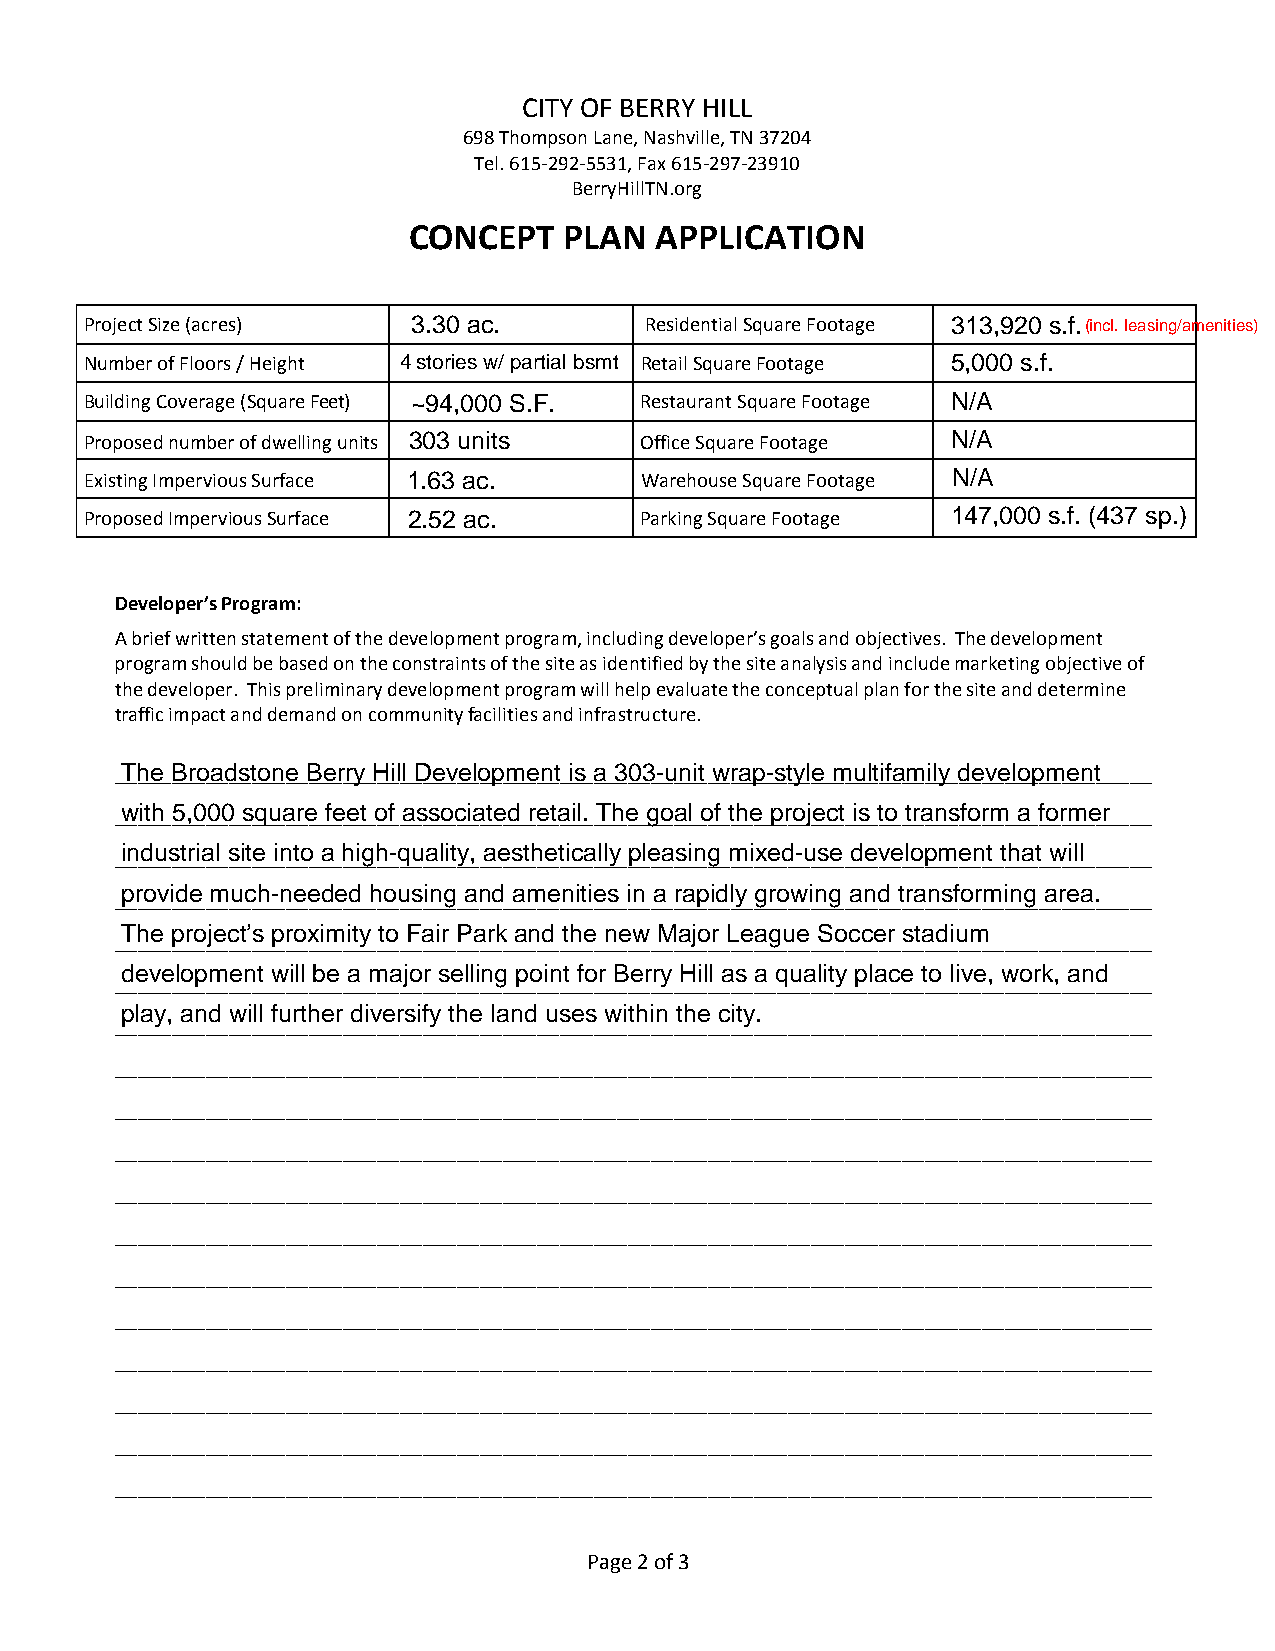
CITY OF BERRY HILL
 698 Thompson Lane, Nashville, TN 37204
 Tel. 615-292-5531, Fax 615-297-23910
 BerryHillTN.org
 CONCEPT   PLAN  APPLICATION
 Project Size (acres) 3.30 ac.        Residential Square Footage 313,920 s.f.(incl. leasing/amenities)
 Number of Floors / Height 4 stories w/ partial bsmt Retail Square Footage 5,000 s.f.
 Building Coverage (Square Feet) ~94,000 S.F. Restaurant Square Footage N/A
 Proposed number of dwelling units 303 units Office Square Footage N/A
 Existing Impervious Surface 1.63 ac. Warehouse Square Footage N/A
 Proposed Impervious Surface 2 .52 ac. Parking Squ are Footage 147,000 s.f. (437 sp.)
 Developer’s Program:
 A brief written statement of the development program, including developer’s goals and objectives. The development
 program should be based on the constraints of the site as identified by the site analysis and include marketing objective of
 the developer. This preliminary development program will help evaluate the conceptual plan for the site and determine
 traffic impact and demand on community facilities and infrastructure.
 ___________________________________________________________________________________________
 ___________________________________________________________________________________________
 ___________________________________________________________________________________________
 ___________________________________________________________________________________________
 ___________________________________________________________________________________________
 ___________________________________________________________________________________________
 ___________________________________________________________________________________________
 ___________________________________________________________________________________________
 ___________________________________________________________________________________________
 ___________________________________________________________________________________________
 ___________________________________________________________________________________________
 ___________________________________________________________________________________________
 ___________________________________________________________________________________________
 ___________________________________________________________________________________________
 ___________________________________________________________________________________________
 ___________________________________________________________________________________________
 ___________________________________________________________________________________________
 ___________________________________________________________________________________________
 Page 2 of 3